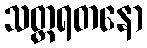
သတ္တရတနော